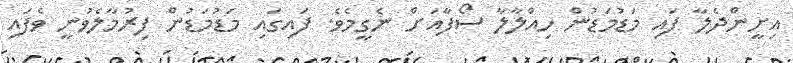
އިށީންދެލާ ފައި މަޑުމަޑުން ހިއްލާލާ ސޯފާއަށް ނެގީމެވެ. ފައިގައި މަޑުމަޑުން ފިރުމާލެވުނީ ވެފައި